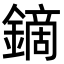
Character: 鏑